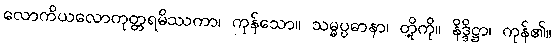
လောကိယလောကုတ္တရမိဿကာ၊ ကုန်သော။ သမ္မပ္ပဓာနာ၊ တို့ကို။ နိဒ္ဒိဋ္ဌာ၊ ကုန်၏။